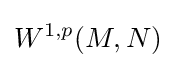
W^{1,p}(M,N)